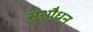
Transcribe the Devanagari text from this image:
संशौधन